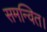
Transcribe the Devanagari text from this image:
समन्वित।